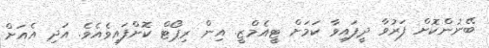
ބޭނުންކޮށް ފަރުވާ ދީފައިވާ ކަމަށް ޓީއެމްޒީ. އިން ރިޕޯޓް ކޮށްފައިވެއެވެ. އަދި އެއަށް